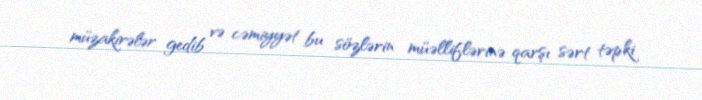
müzakirələr gedib və cəmiyyət bu sözlərin müəlliflərinə qarşı sərt təpki